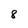
Character: 8